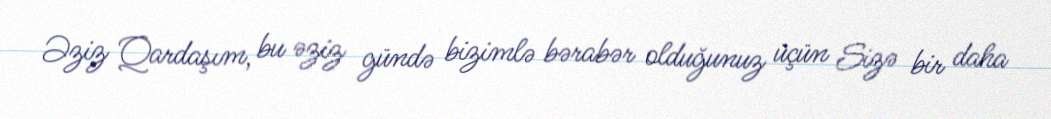
Əziz Qardaşım, bu əziz gündə bizimlə bərabər olduğunuz üçün Sizə bir daha